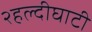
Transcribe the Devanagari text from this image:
२हल्दीघाटी